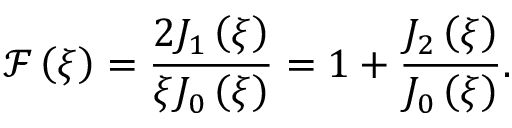
\mathcal { F } \left( \xi \right) = \frac { 2 J _ { 1 } \left( \xi \right) } { \xi J _ { 0 } \left( \xi \right) } = 1 + \frac { J _ { 2 } \left( \xi \right) } { J _ { 0 } \left( \xi \right) } .